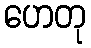
ဟေတု